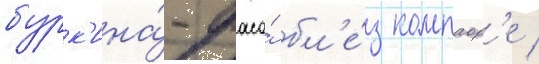
бурк'ина́-фасо́ бл'е́з компаор'е /